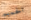
الحميم